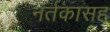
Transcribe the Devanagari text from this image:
नर्तकासह